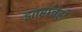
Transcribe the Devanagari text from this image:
इतरांचेही